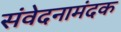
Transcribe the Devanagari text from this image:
संवेदनामंदक